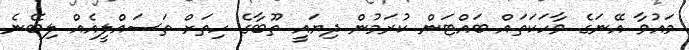
މައުވާ އޭނަގެ ވާހަކަތައް ބައްޓަން ކުރަމުން ދިޔައީ ތޫބާގެ ހިތަށް ތަސައްލީއެއް ލިބޭނެ